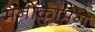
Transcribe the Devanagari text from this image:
मनोकामने